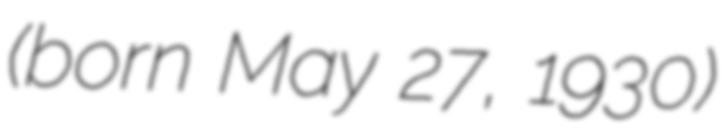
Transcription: (born May 27, 1930)